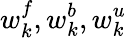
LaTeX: w_{k}^{f},w_{k}^{b},w_{k}^{u}